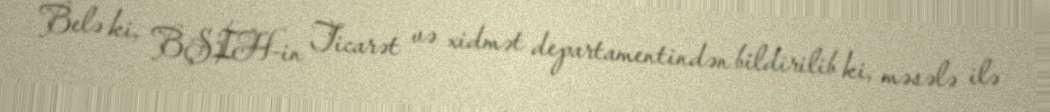
Belə ki, BŞİH-in Ticarət və xidmət departamentindən bildirilib ki, məsələ ilə